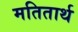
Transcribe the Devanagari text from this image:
मतितार्थ